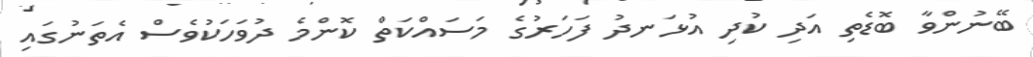
ބޭނުންވާ ބޮޑެތި އަދި ކުދި އުޅަނދު ފަހަރުގެ މަސައްކަތް ކޮންމެ ދުވަހަކުވެސް އެތަނުގައި